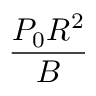
\frac { P _ { 0 } R ^ { 2 } } { B }